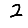
Digit: 2